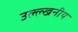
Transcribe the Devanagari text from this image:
उल्ल्खनीय